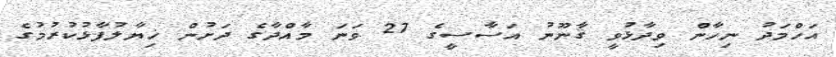
އަހްމަދު ނިހާން ވިދާޅުވީ ޤާނޫނު އަސާސީގެ 27 ވަނަ މާއްދާގެ ދަށުން ޚިޔާލުފާޅުކުރުމުގެ